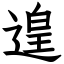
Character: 遑